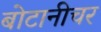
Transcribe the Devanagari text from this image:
बोटानीचर